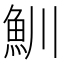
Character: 𩵙